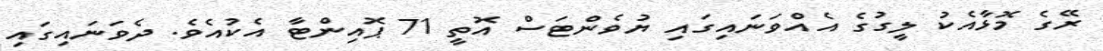
ރޭގެ މޮޅާއެކު ލީގުގެ އެއްވަނައިގައި ޔުވެންޓަސް އޮތީ 71 ޕޮއިންޓާ އެކުއެވެ. ދެވަނައިގައި